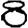
Digit: 8